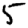
Digit: 5